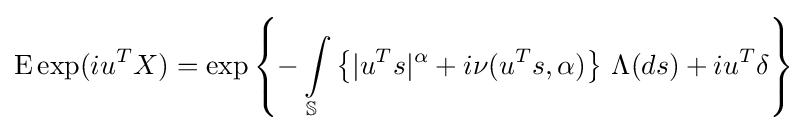
\operatorname {E} \exp(iu^{T}X)=\exp \left\{-\int \limits _{\mathbb {S} }\left\{|u^{T}s|^{\alpha }+i\nu (u^{T}s,\alpha )\right\}\,\Lambda (ds)+iu^{T}\delta \right\}